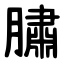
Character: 䐹